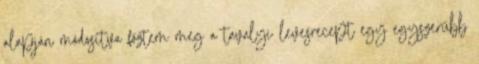
alapján módosítva főztem meg a tavalyi levesrecept egy egyszerűbb